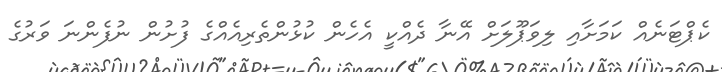
ކެޕްޓަނެއް ކަމަށާއި ލިވަޕޫލަށް އޭނާ ދެއްކީ އެހެން ކުޅުންތެރިއެއްގެ ފުށުން ނުފެންނަ ވަރުގެ